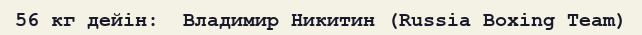
56 кг дейін:  Владимир Никитин (Russia Boxing Team)